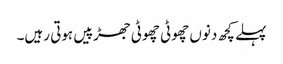
پہلے کچھ دنوں چھوٹی چھوٹی جھڑپیں ہوتی رہیں۔